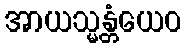
အာယသ္မန္တံယေဝ